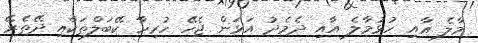
މާލެ އާއި ހުޅުމާލެ އާއި ދެމެދު އަޅަން ޖެހޭ ހުރިހާ ކޭބަލްތަކާއި ދޭތެރޭ